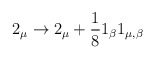
\begin{align*}2_{\mu} \rightarrow 2_{\mu} + \frac{1}{8} 1_{\beta} 1_{\mu , \beta}\end{align*}